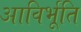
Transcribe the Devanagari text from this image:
आविर्भूति